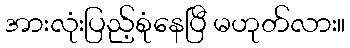
အားလုံးပြည့်စုံနေပြီ မဟုတ်လား။